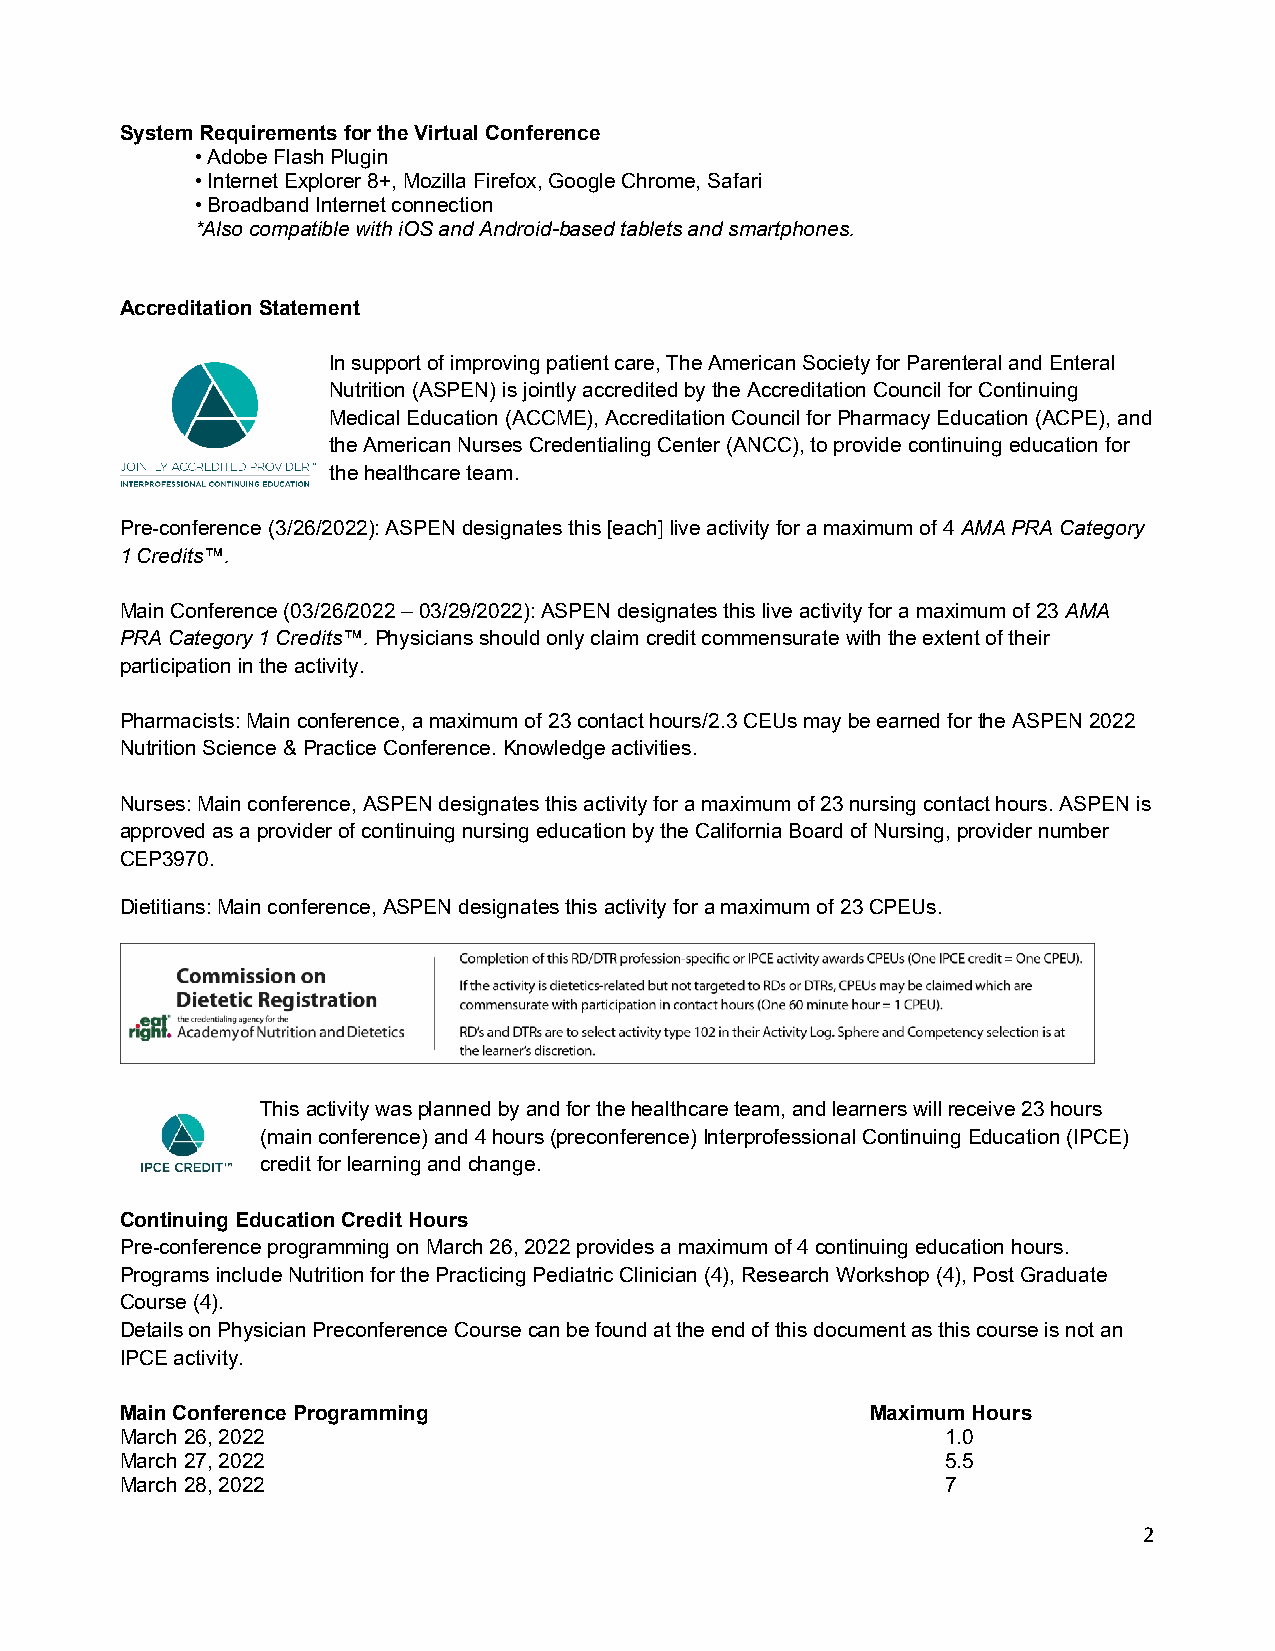
System Requirements for the Virtual Conference
 • Adobe Flash Plugin
 • Internet Explorer 8+, Mozilla Firefox, Google Chrome, Safari
 • Broadband Internet connection
 *Also compatible with iOS and Android-based tablets and smartphones.
 Accreditation Statement
 In support of improving patient care, The American Society for Parenteral and Enteral
 Nutrition (ASPEN) is jointly accredited by the Accreditation Council for Continuing
 Medical Education (ACCME), Accreditation Council for Pharmacy Education (ACPE), and
 the American Nurses Credentialing Center (ANCC), to provide continuing education for
 the healthcare team.
 Pre-conference (3/26/2022): ASPEN designates this [each] live activity for a maximum of 4 AMA PRA Category
 1 Credits™.
 Main Conference (03/26/2022 – 03/29/2022): ASPEN designates this live activity for a maximum of 23 AMA
 PRA Category 1 Credits™. Physicians should only claim credit commensurate with the extent of their
 participation in the activity.
 Pharmacists: Main conference, a maximum of 23 contact hours/2.3 CEUs may be earned for the ASPEN 2022
 Nutrition Science & Practice Conference. Knowledge activities.
 Nurses: Main conference, ASPEN designates this activity for a maximum of 23 nursing contact hours. ASPEN is
 approved as a provider of continuing nursing education by the California Board of Nursing, provider number
 CEP3970.
 Dietitians: Main conference, ASPEN designates this activity for a maximum of 23 CPEUs.
 This activity was planned by and for the healthcare team, and learners will receive 23 hours
 (main conference) and 4 hours (preconference) Interprofessional Continuing Education (IPCE)
 credit for learning and change.
 Continuing Education Credit Hours
 Pre-conference programming on March 26, 2022 provides a maximum of 4 continuing education hours.
 Programs include Nutrition for the Practicing Pediatric Clinician (4), Research Workshop (4), Post Graduate
 Course (4).
 Details on Physician Preconference Course can be found at the end of this document as this course is not an
 IPCE activity.
 Main Conference Programming                       Maximum Hours
 March 26, 2022                                         1.0
 March 27, 2022                                         5.5
 March 28, 2022                                         7
 2